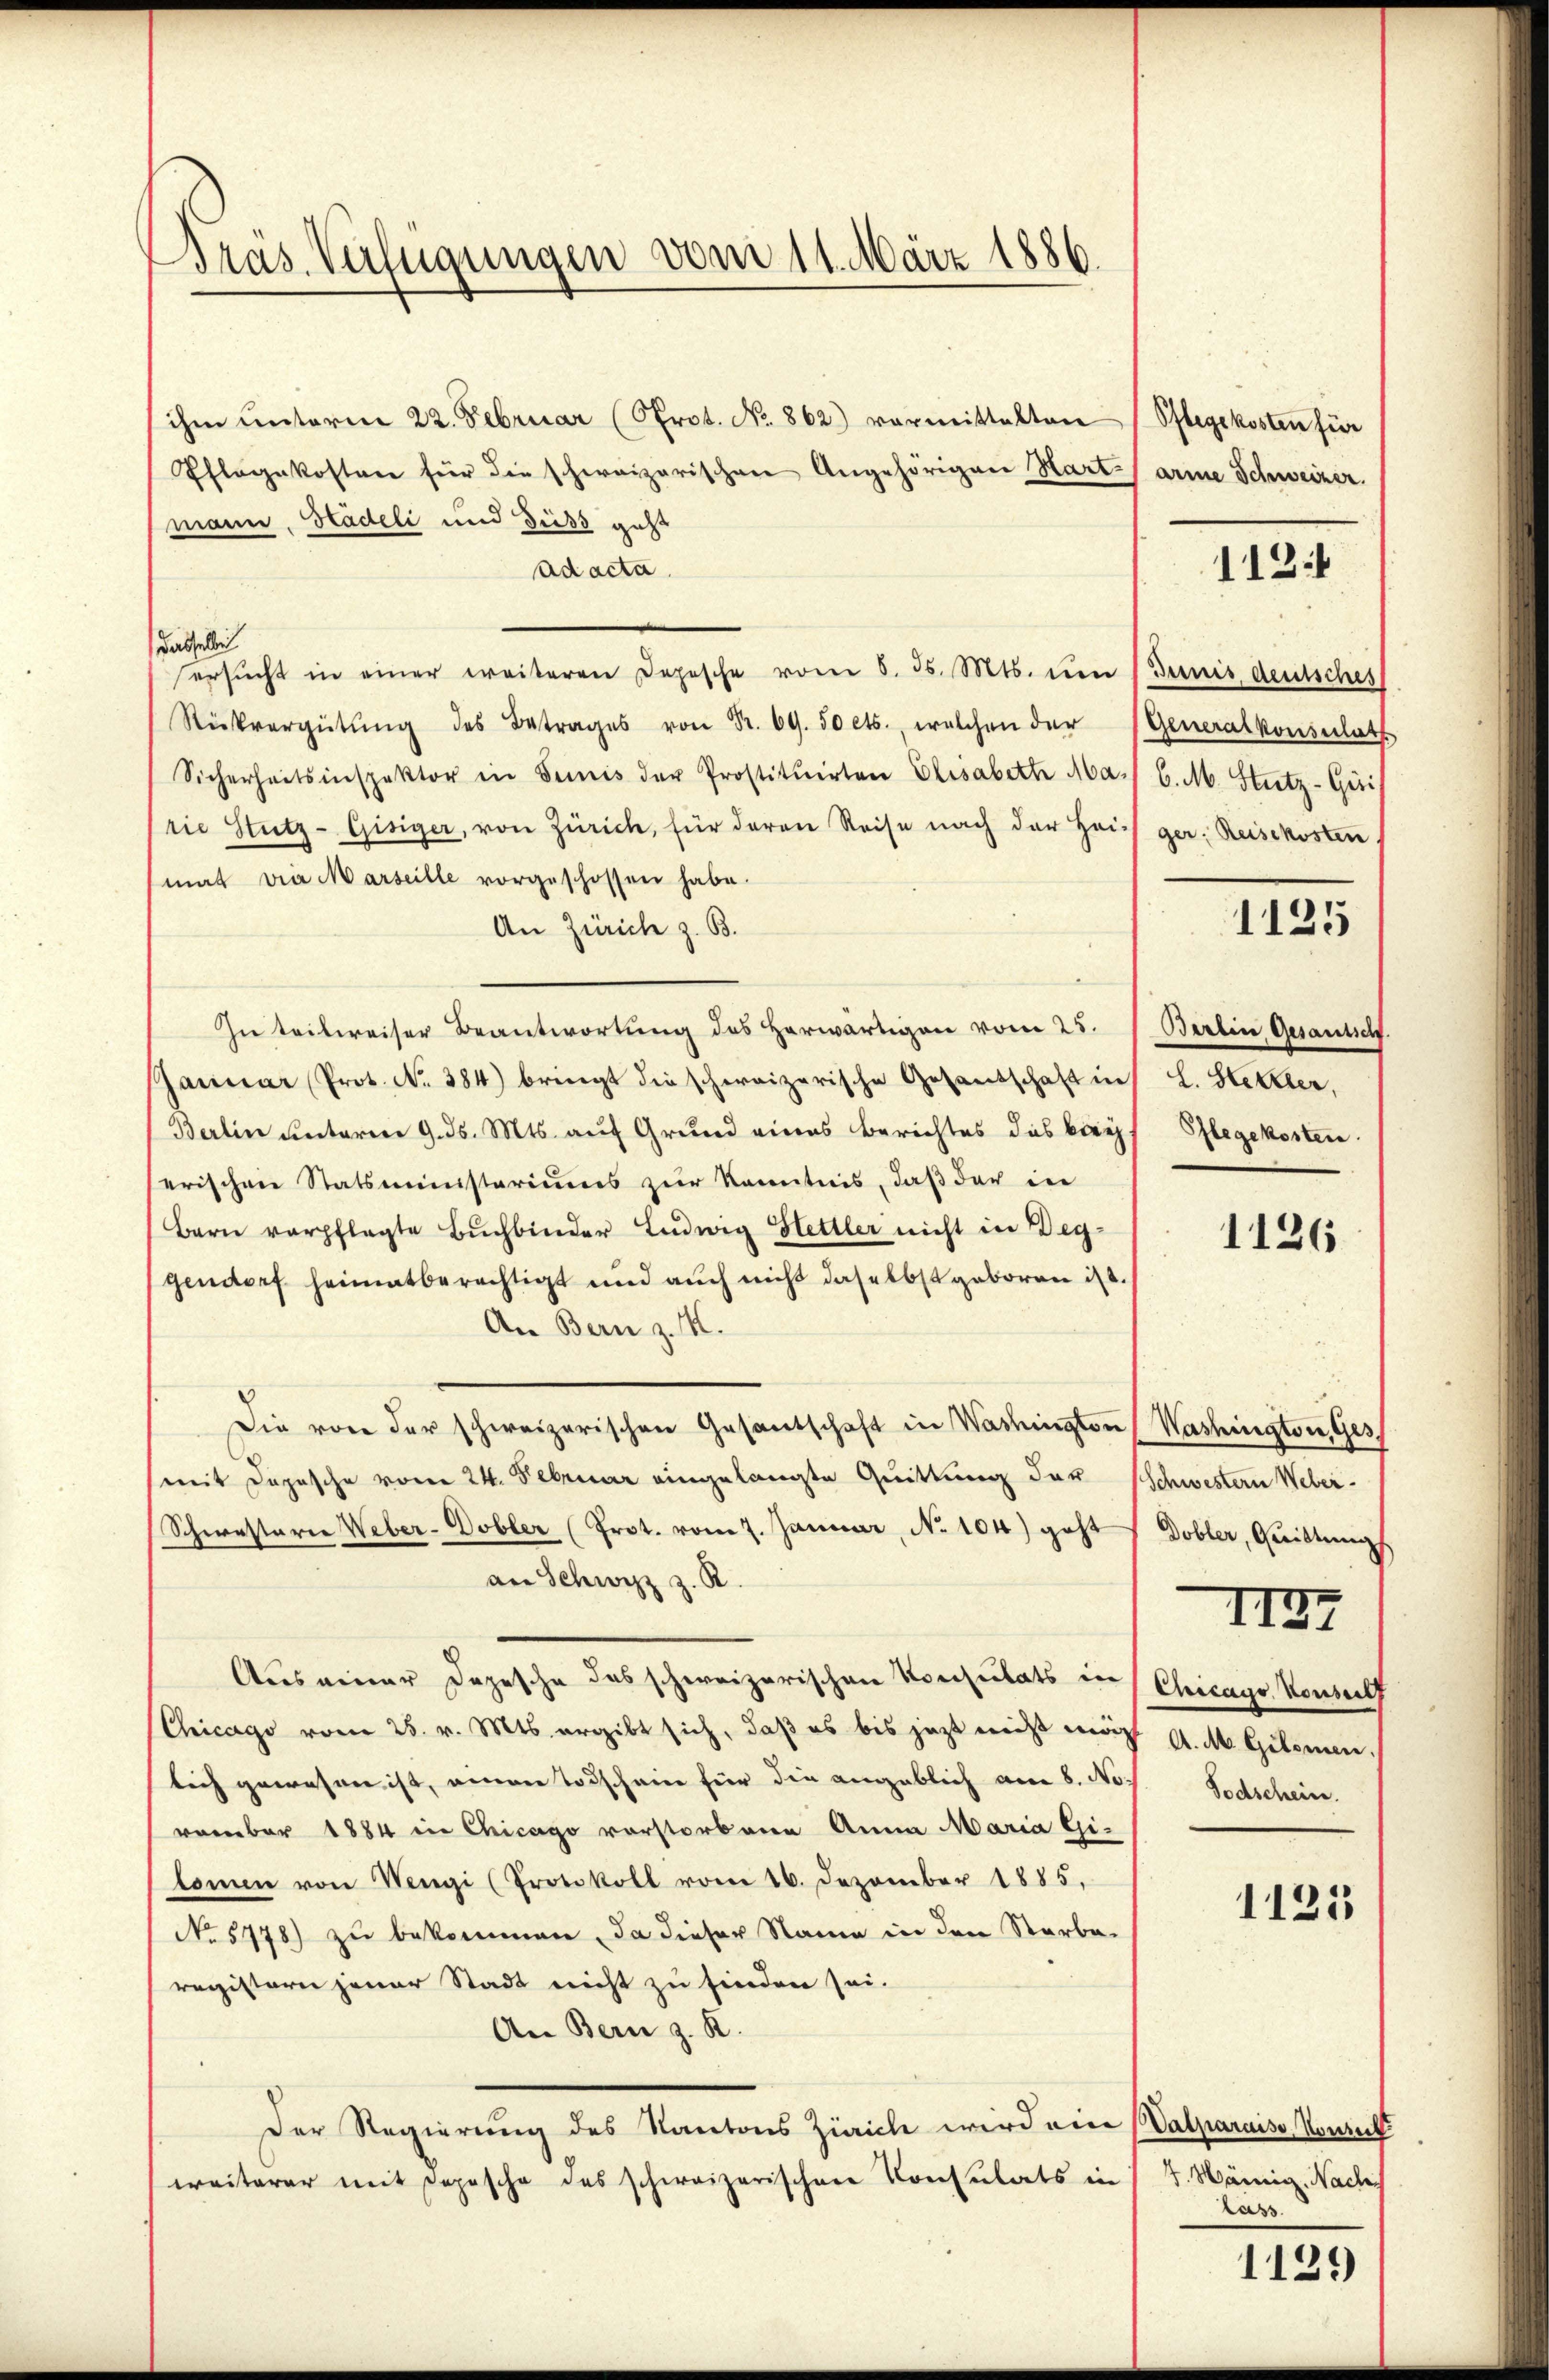
Präs. Verfügungen vom 11. März 1886.

schen Unterm 22. Februar (Prot. No. 862) vermittelten Pflegekosten für
Pflegekosten für die schweizerischen Angehörigen Hart arme Schweizer.
mann, Städeli und diess geht
ad acta.
Dasselbi
ersŭcht in einer weiteren Depesche vom 8. ds. Mts. um 1 Junis deutsches
Rückvergütŭng des Betrages von Fr. 69. 50 cts., welchen der Generalkonsulat
Sicherheitsinspektor in Semis der Prostituirten Elisabette Mass C. M. Stutz-Gui
rie Stutz-Gisiger, von Zürich, für deren Reise nach der Heiss ger. Reisekosten
mat die Marseille vorgeschossen habe.
An Zürich z. B.
In teilweiser Beantwortung des herwärtigen vom 25. (Berlin Gesantschf
Januar Prot. No. 384) bringt die schweizerische Gesandschaft in L. Stettler,
Berlin unterm 9. ds. Mts. auf Grund eines Berichtes des koch
erischen Statsministeriums zŭr Kenntnis, daβ der in
Bern verpflegte Bŭchbinder Ludwig Hettler nicht in Beggendorf heimatberechtigt und auch nicht daselbst geboren ist.
An Bern z. M.
Die von der schweizerischen Gesantschaft in Washington (Washington, Ges.
(mit Depesche vom 24. Februar eingelangte Quittung das schwestern Weber-
Schwesterie Weber-Dobler (Prot. vom 7. Januar, No 104) geht
an Schwyz z. R
Aus einer Depesche das schweizerischen Konsulats in Chicago Konser
Chicago vom 25. v. Mts. ergibt sich, daß es bis jetzt nicht mit A. M. Gilomen.
lich gewesen ist, einen Todscheine für die angeblich am 8. No
romber 1884 in Chicago vorstorbene Anna Maria Gi-
lomen von Wengi (Protokoll vom 16. Dezember 1885.
No 5778) zu bekommen, da dieser Name in den Starbe
registern jener Stadt nicht zu finden sei.
An Bern z. B.
Der Regierung des Kantons Zürich wird eine Valparaise Konseit
weiterer mit Depesche des schweizerischen Konsulats in 17. Mämig. Nach-

112.

1125

Pflegekosten.

1126

Dobler, Quittung

II27

Todschein.

1121

lass

1129